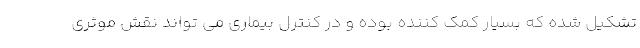
تشکیل شده که بسیار کمک کننده بوده و در کنترل بیماری می تواند نقش موثری